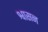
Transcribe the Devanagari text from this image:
श्वासन